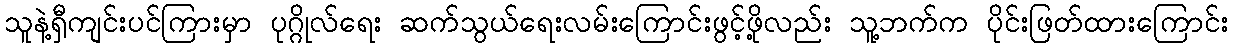
သူနဲ့ရှီကျင်းပင်ကြားမှာ ပုဂ္ဂိုလ်ရေး ဆက်သွယ်ရေးလမ်းကြောင်းဖွင့်ဖို့လည်း သူ့ဘက်က ပိုင်းဖြတ်ထားကြောင်း